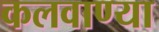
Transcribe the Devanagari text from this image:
कलवाण्या